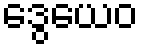
ဒွေယေဝ